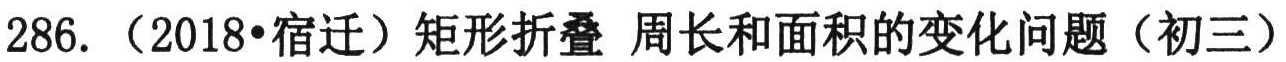
286.（2018•宿迁）矩形折叠 周长和面积的变化问题（初三）